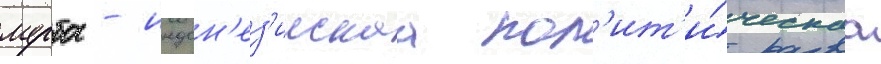
мурба - индон'ез'иискаа пол'ит'и́ческаа